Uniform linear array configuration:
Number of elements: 48
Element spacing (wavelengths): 0.5
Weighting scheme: exponential
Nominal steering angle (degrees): -15
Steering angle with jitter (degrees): -14.91
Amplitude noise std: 0.05
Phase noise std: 0.05

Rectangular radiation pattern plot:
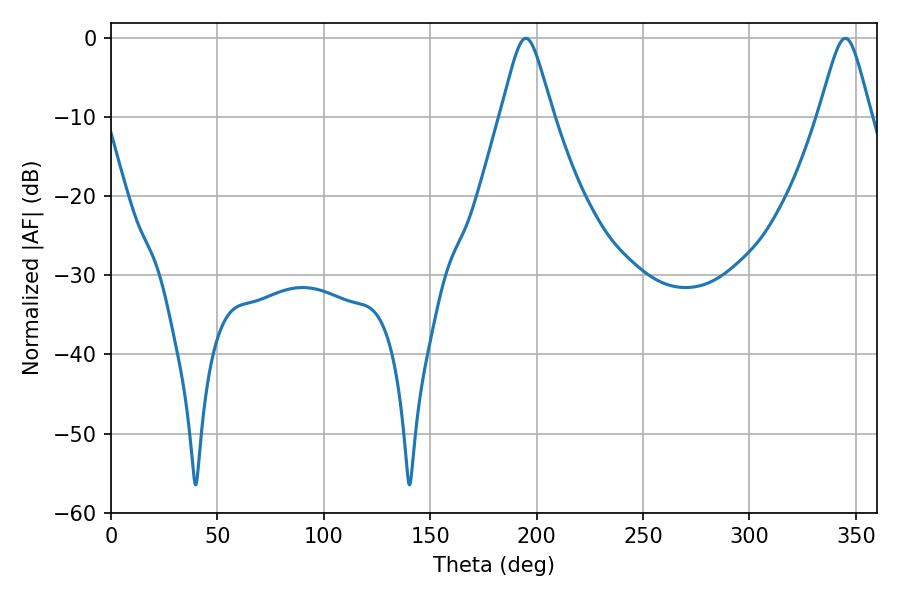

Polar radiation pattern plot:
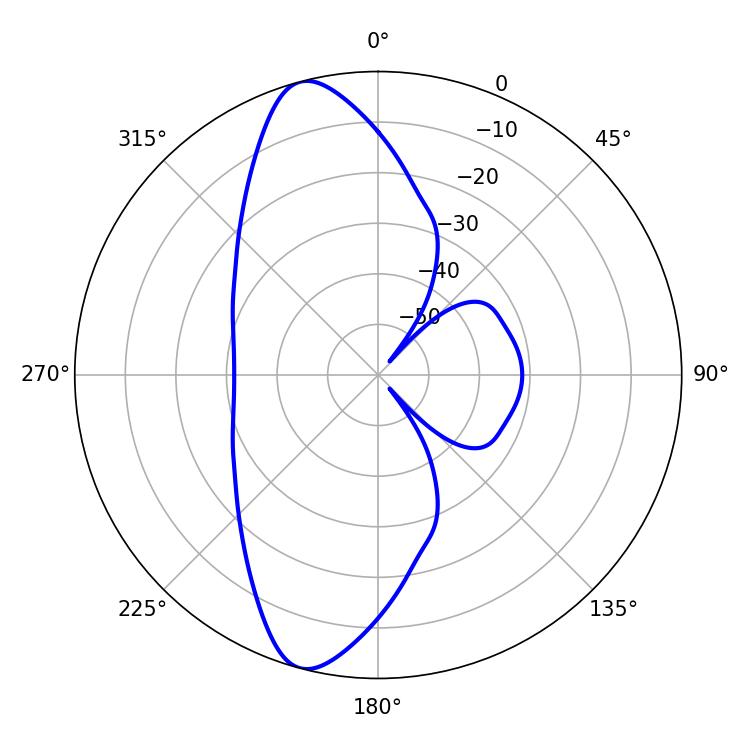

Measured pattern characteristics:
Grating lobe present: FALSE
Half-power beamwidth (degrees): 11.7
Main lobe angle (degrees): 194.94